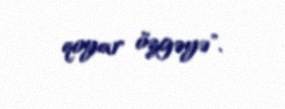
qoyar özgəyə".